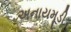
અનાયમૂડી